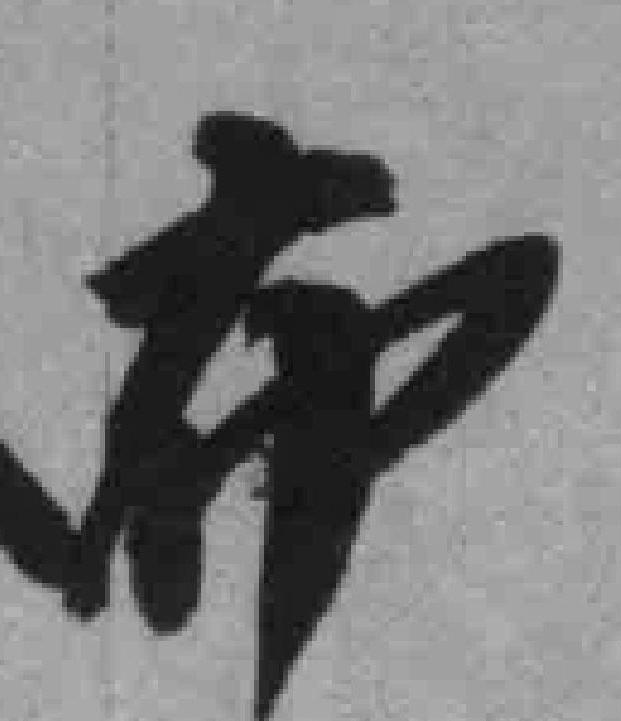
布